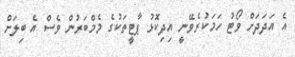
އެ އަދަދަށް ވޯޓު ހަމަކުރެވޭނީ އިދިކޮޅު ޕާޓީތަކުގެ މެމްބަރުން ވެސް އެ ބިލަށް